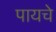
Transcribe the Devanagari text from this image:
पायचे